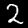
Label: 2